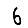
Digit: 6